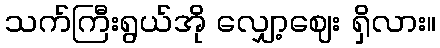
သက်ကြီးရွယ်အို လျှော့ဈေး ရှိလား။